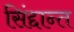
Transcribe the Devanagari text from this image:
सिंद्दान्त